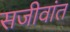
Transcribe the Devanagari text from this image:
सजीवांत